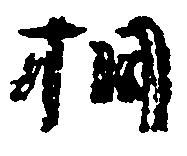
相